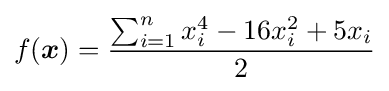
f({\boldsymbol {x}})={\frac {\sum _{i=1}^{n}x_{i}^{4}-16x_{i}^{2}+5x_{i}}{2}}